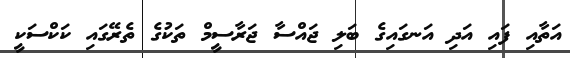
އަތާއި ފައި އަދި އަނގައިގެ ބަލި ޖައްސާ ޖަރާސީމް ތަކުގެ ތެރޭގައި ކަކްސަކީ